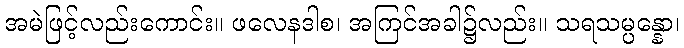
အမဲဖြင့်လည်းကောင်း။ ဖလေနဒါစ၊ အကြင်အခါ၌လည်း။ သရသမ္ပန္နော၊